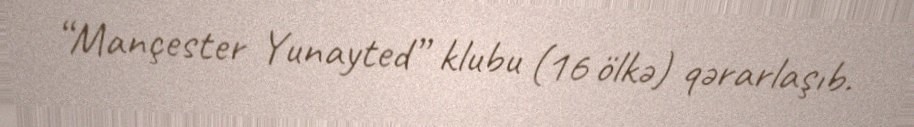
“Mançester Yunayted” klubu (16 ölkə) qərarlaşıb.